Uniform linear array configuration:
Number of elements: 12
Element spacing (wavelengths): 0.5
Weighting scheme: hann
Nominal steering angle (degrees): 45
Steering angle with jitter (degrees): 43.394
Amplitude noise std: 0.05
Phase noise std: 0.05

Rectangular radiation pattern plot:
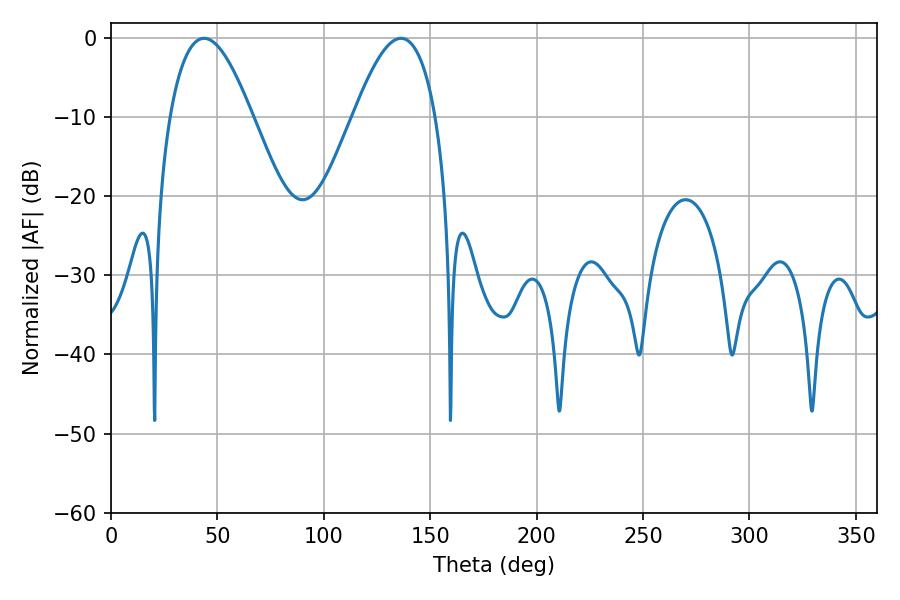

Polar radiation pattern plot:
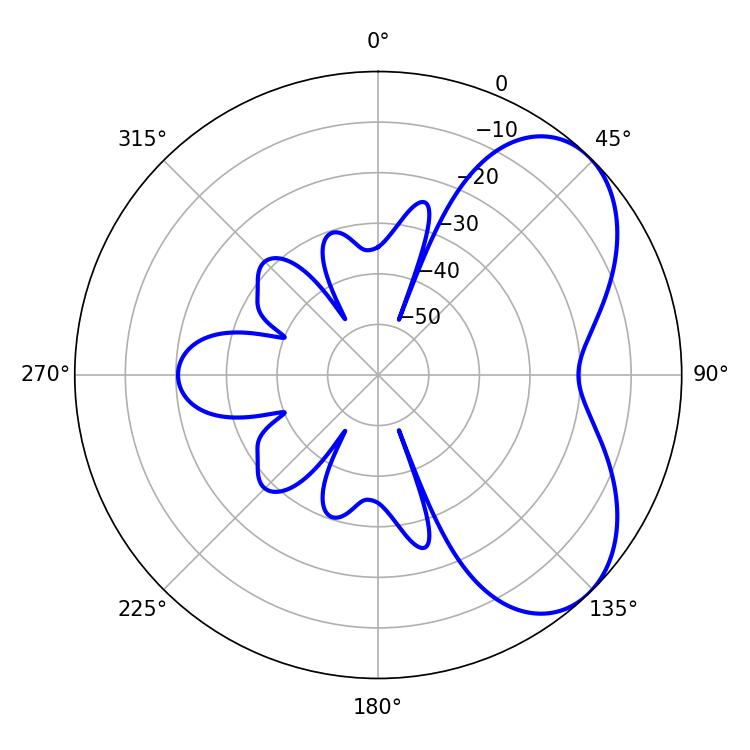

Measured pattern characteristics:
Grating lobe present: FALSE
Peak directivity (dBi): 5.474
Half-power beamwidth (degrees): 21.06
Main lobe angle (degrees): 43.74